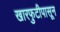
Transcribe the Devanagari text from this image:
खारफुटीपासून